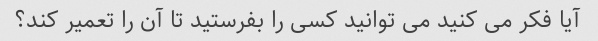
آیا فکر می کنید می توانید کسی را بفرستید تا آن را تعمیر کند؟